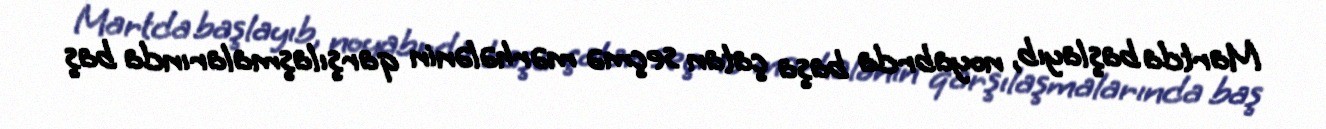
Martda başlayıb, noyabrda başa çatan seçmə mərhələnin qarşılaşmalarında baş